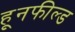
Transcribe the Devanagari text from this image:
हूनफील्ड